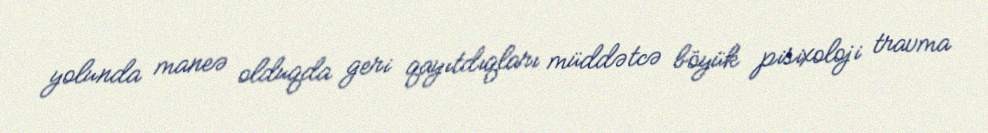
yolunda maneə olduqda geri qayıtdıqları müddətcə böyük pisixoloji travma